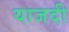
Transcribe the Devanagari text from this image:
याजदी